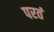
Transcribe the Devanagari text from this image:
परतं